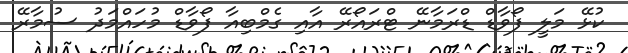
ކުޅޭ މަލީ ފޯވާޑް ޑްރަމާނޭ ޓްރައޯރޭ އާއި ގެމްބިއާ ފޯވާޑް މުހައްމަދު ސުމާރޭ